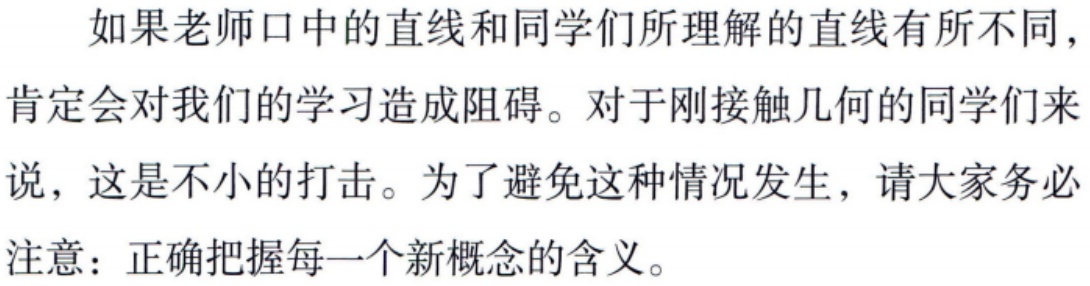
如果老师口中的直线和同学们所理解的直线有所不同，肯定会对我们的学习造成阻碍。对于刚接触几何的同学们来说，这是不小的打击。为了避免这种情况发生，请大家务必注意：正确把握每一个新概念的含义。